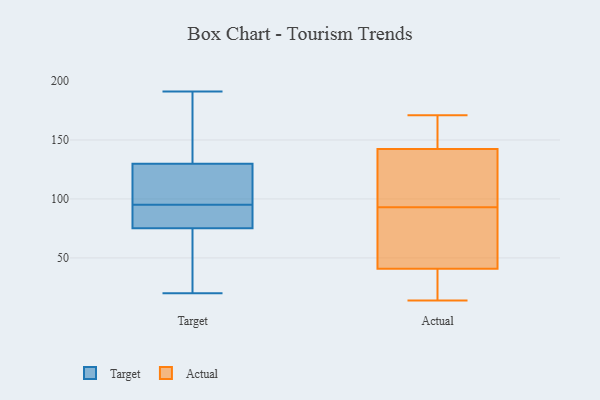
{"axis": {"x": "Satisfaction Score", "y": "Value"}, "legend": ["Actual", "Target"], "data": [{"x": "", "y": 95, "type": "Target"}, {"x": "", "y": 47, "type": "Target"}, {"x": "", "y": 128, "type": "Target"}, {"x": "", "y": 94, "type": "Target"}, {"x": "", "y": 87, "type": "Target"}, {"x": "", "y": 142, "type": "Target"}, {"x": "", "y": 76, "type": "Target"}, {"x": "", "y": 20, "type": "Target"}, {"x": "", "y": 73, "type": "Target"}, {"x": "", "y": 102, "type": "Target"}, {"x": "", "y": 191, "type": "Target"}, {"x": "", "y": 95, "type": "Target"}, {"x": "", "y": 135, "type": "Target"}, {"x": "", "y": 149, "type": "Actual"}, {"x": "", "y": 46, "type": "Actual"}, {"x": "", "y": 25, "type": "Actual"}, {"x": "", "y": 171, "type": "Actual"}, {"x": "", "y": 22, "type": "Actual"}, {"x": "", "y": 140, "type": "Actual"}, {"x": "", "y": 112, "type": "Actual"}, {"x": "", "y": 155, "type": "Actual"}, {"x": "", "y": 14, "type": "Actual"}, {"x": "", "y": 62, "type": "Actual"}, {"x": "", "y": 92, "type": "Actual"}, {"x": "", "y": 93, "type": "Actual"}, {"x": "", "y": 110, "type": "Actual"}]}